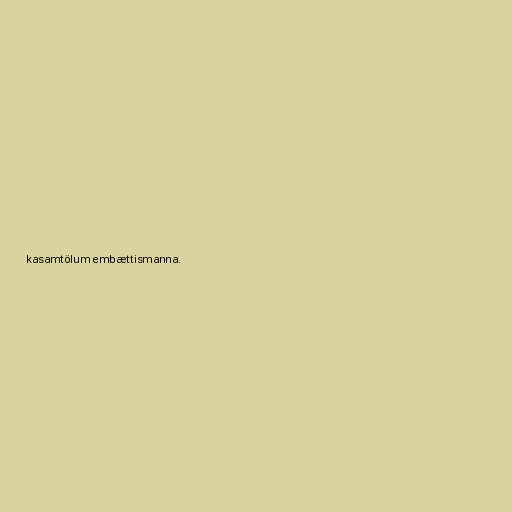
kasamtölum embættismanna.